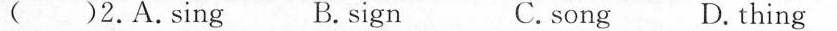
( )2.A.Sing B. sign C. song D. thing